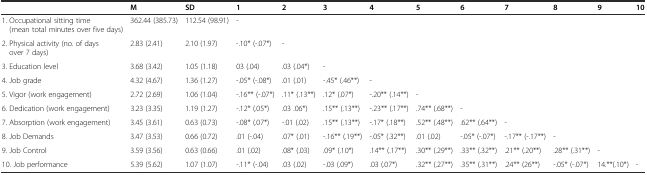
|  | M | SD | 1 | 2 | 3 | 4 | 5 | 6 | 7 | 8 | 9 | 10 |
 | --- | --- | --- | --- | --- | --- | --- | --- | --- | --- | --- | --- | --- |
 | 1. Occupational sitting time (mean total minutes over five days) | 362.44 (385.73) | 112.54 (98.91) | - |  |  |  |  |  |  |  |  |  |
 | 2. Physical activity (no. of days over 7 days) | 2.83 (2.41) | 2.10 (1.97) | -.10* (-.07*) | - |  |  |  |  |  |  |  |  |
 | 3. Education level | 3.68 (3.42) | 1.05 (1.18) | 03 (.04) | .03 (.04*) | - |  |  |  |  |  |  |  |
 | 4. Job grade | 4.32 (4.67) | 1.36 (1.27) | -.05* (-.08*) | .01 (.01) | -.45* (.46**) | - |  |  |  |  |  |  |
 | 5. Vigor (work engagement) | 2.72 (2.69) | 1.06 (1.04) | -.16** (-.07*) | .11* (.13**) | .12* (.07*) | -.20** (.14**) | - |  |  |  |  |  |
 | 6. Dedication (work engagement) | 3.23 (3.35) | 1.19 (1.27) | -.12* (.05*) | .03 .06*) | .15** (.13**) | -.23** (.17**) | .74** (.68**) | - |  |  |  |  |
 | 7. Absorption (work engagement) | 3.45 (3.61) | 0.63 (0.73) | -.08* (.07*) | -.01 (.02) | .15** (.13**) | -.17* (.18**) | .52** (.48**) | .62** (.64**) | - |  |  |  |
 | 8. Job Demands | 3.47 (3.53) | 0.66 (0.72) | .01 (-.04) | .07* (.01) | -.16** (.19**) | -.05* (.32**) | .01 (.02) | -.05* (-.07*) | -.17** (-.17**) | - |  |  |
 | 9. Job Control | 3.59 (3.56) | 0.63 (0.66) | .01 (.02) | .08* (.03) | .09* (.10*) | .14** (.17**) | .30** (.29**) | .33** (.32**) | .21** (.20**) | .28** (.31**) | - |  |
 | 10. Job performance | 5.39 (5.62) | 1.07 (1.07) | -.11* (-.04) | .03 (.02) | -.03 (.09*) | .03 (.07*) | .32** (.27**) | .35** (.31**) | .24** (26**) | -.05* (-.07*) | 14.**(.10*) | - |